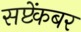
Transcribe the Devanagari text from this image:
सप्टेंकबर